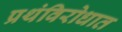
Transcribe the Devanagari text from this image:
प्रथंविरोधात